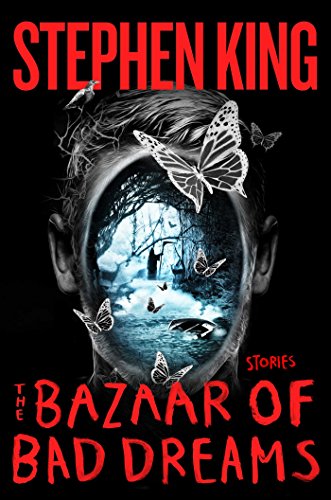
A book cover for The Bazaar of Bad Dreams: Stories; Stephen King; Mystery, Thriller & Suspense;